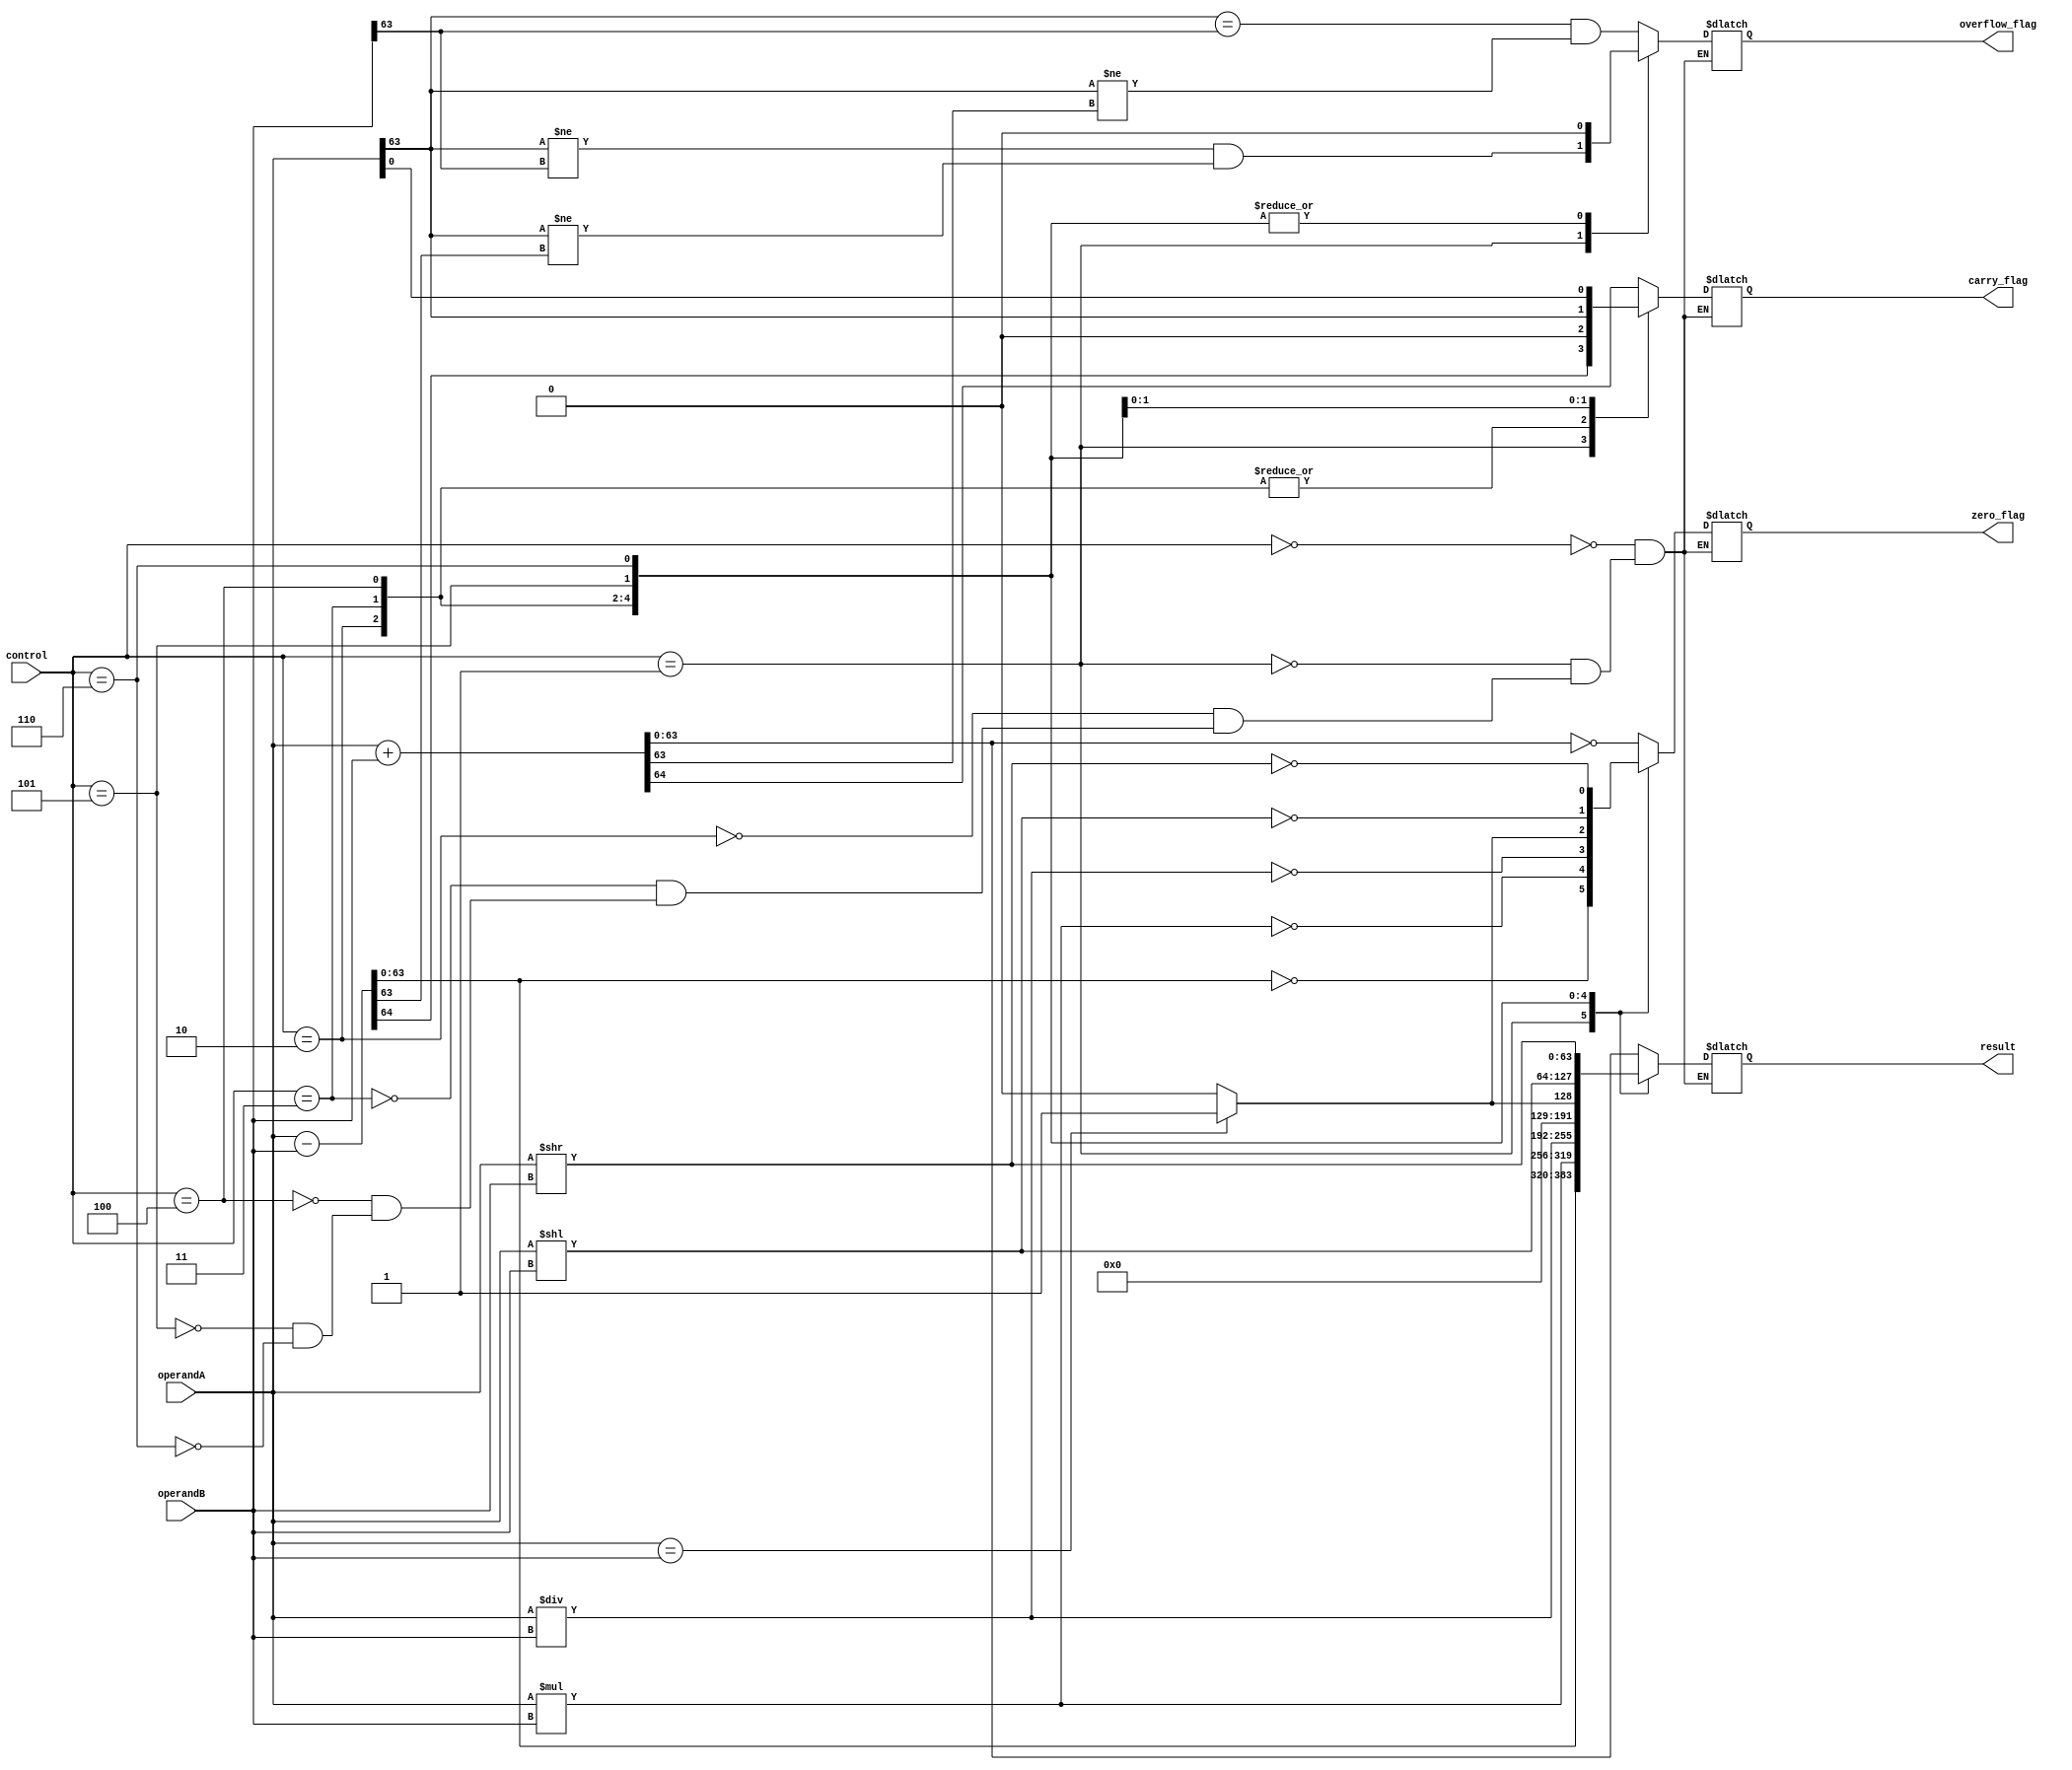
module ALU_64bit(
    input [63:0] operandA,
    input [63:0] operandB,
    input [2:0] control,
    output reg [63:0] result,
    output reg carry_flag,
    output reg overflow_flag,
    output reg zero_flag
);

always @(*)
begin
    case(control)
        3'b000: // Addition
            begin
                {carry_flag, result} = operandA + operandB;
                overflow_flag = (operandA[63] == operandB[63] && operandA[63] != result[63]);
                zero_flag = (result == 64'b0);
            end
        3'b001: // Subtraction
            begin
                {carry_flag, result} = operandA - operandB;
                overflow_flag = (operandA[63] != operandB[63] && operandA[63] != result[63]);
                zero_flag = (result == 64'b0);
            end
        3'b010: // Multiplication
            begin
                result = operandA * operandB;
                carry_flag = 1'b0;
                overflow_flag = 1'b0;
                zero_flag = (result == 64'b0);
            end
        3'b011: // Division
            begin
                result = operandA / operandB;
                carry_flag = 1'b0;
                overflow_flag = 1'b0;
                zero_flag = (result == 64'b0);
            end
        3'b100: // Comparison
            begin
                result = (operandA == operandB) ? 64'b1 : 64'b0;
                carry_flag = 1'b0;
                overflow_flag = 1'b0;
                zero_flag = (result == 64'b1);
            end
        3'b101: // Left Shift
            begin
                result = operandA << operandB;
                carry_flag = operandA[63];
                overflow_flag = 1'b0;
                zero_flag = (result == 64'b0);
            end
        3'b110: // Right Shift
            begin
                result = operandA >> operandB;
                carry_flag = operandA[0];
                overflow_flag = 1'b0;
                zero_flag = (result == 64'b0);
            end
    endcase
end

endmodule